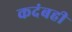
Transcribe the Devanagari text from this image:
कदंबही